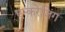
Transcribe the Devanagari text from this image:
एन्करेजिंग